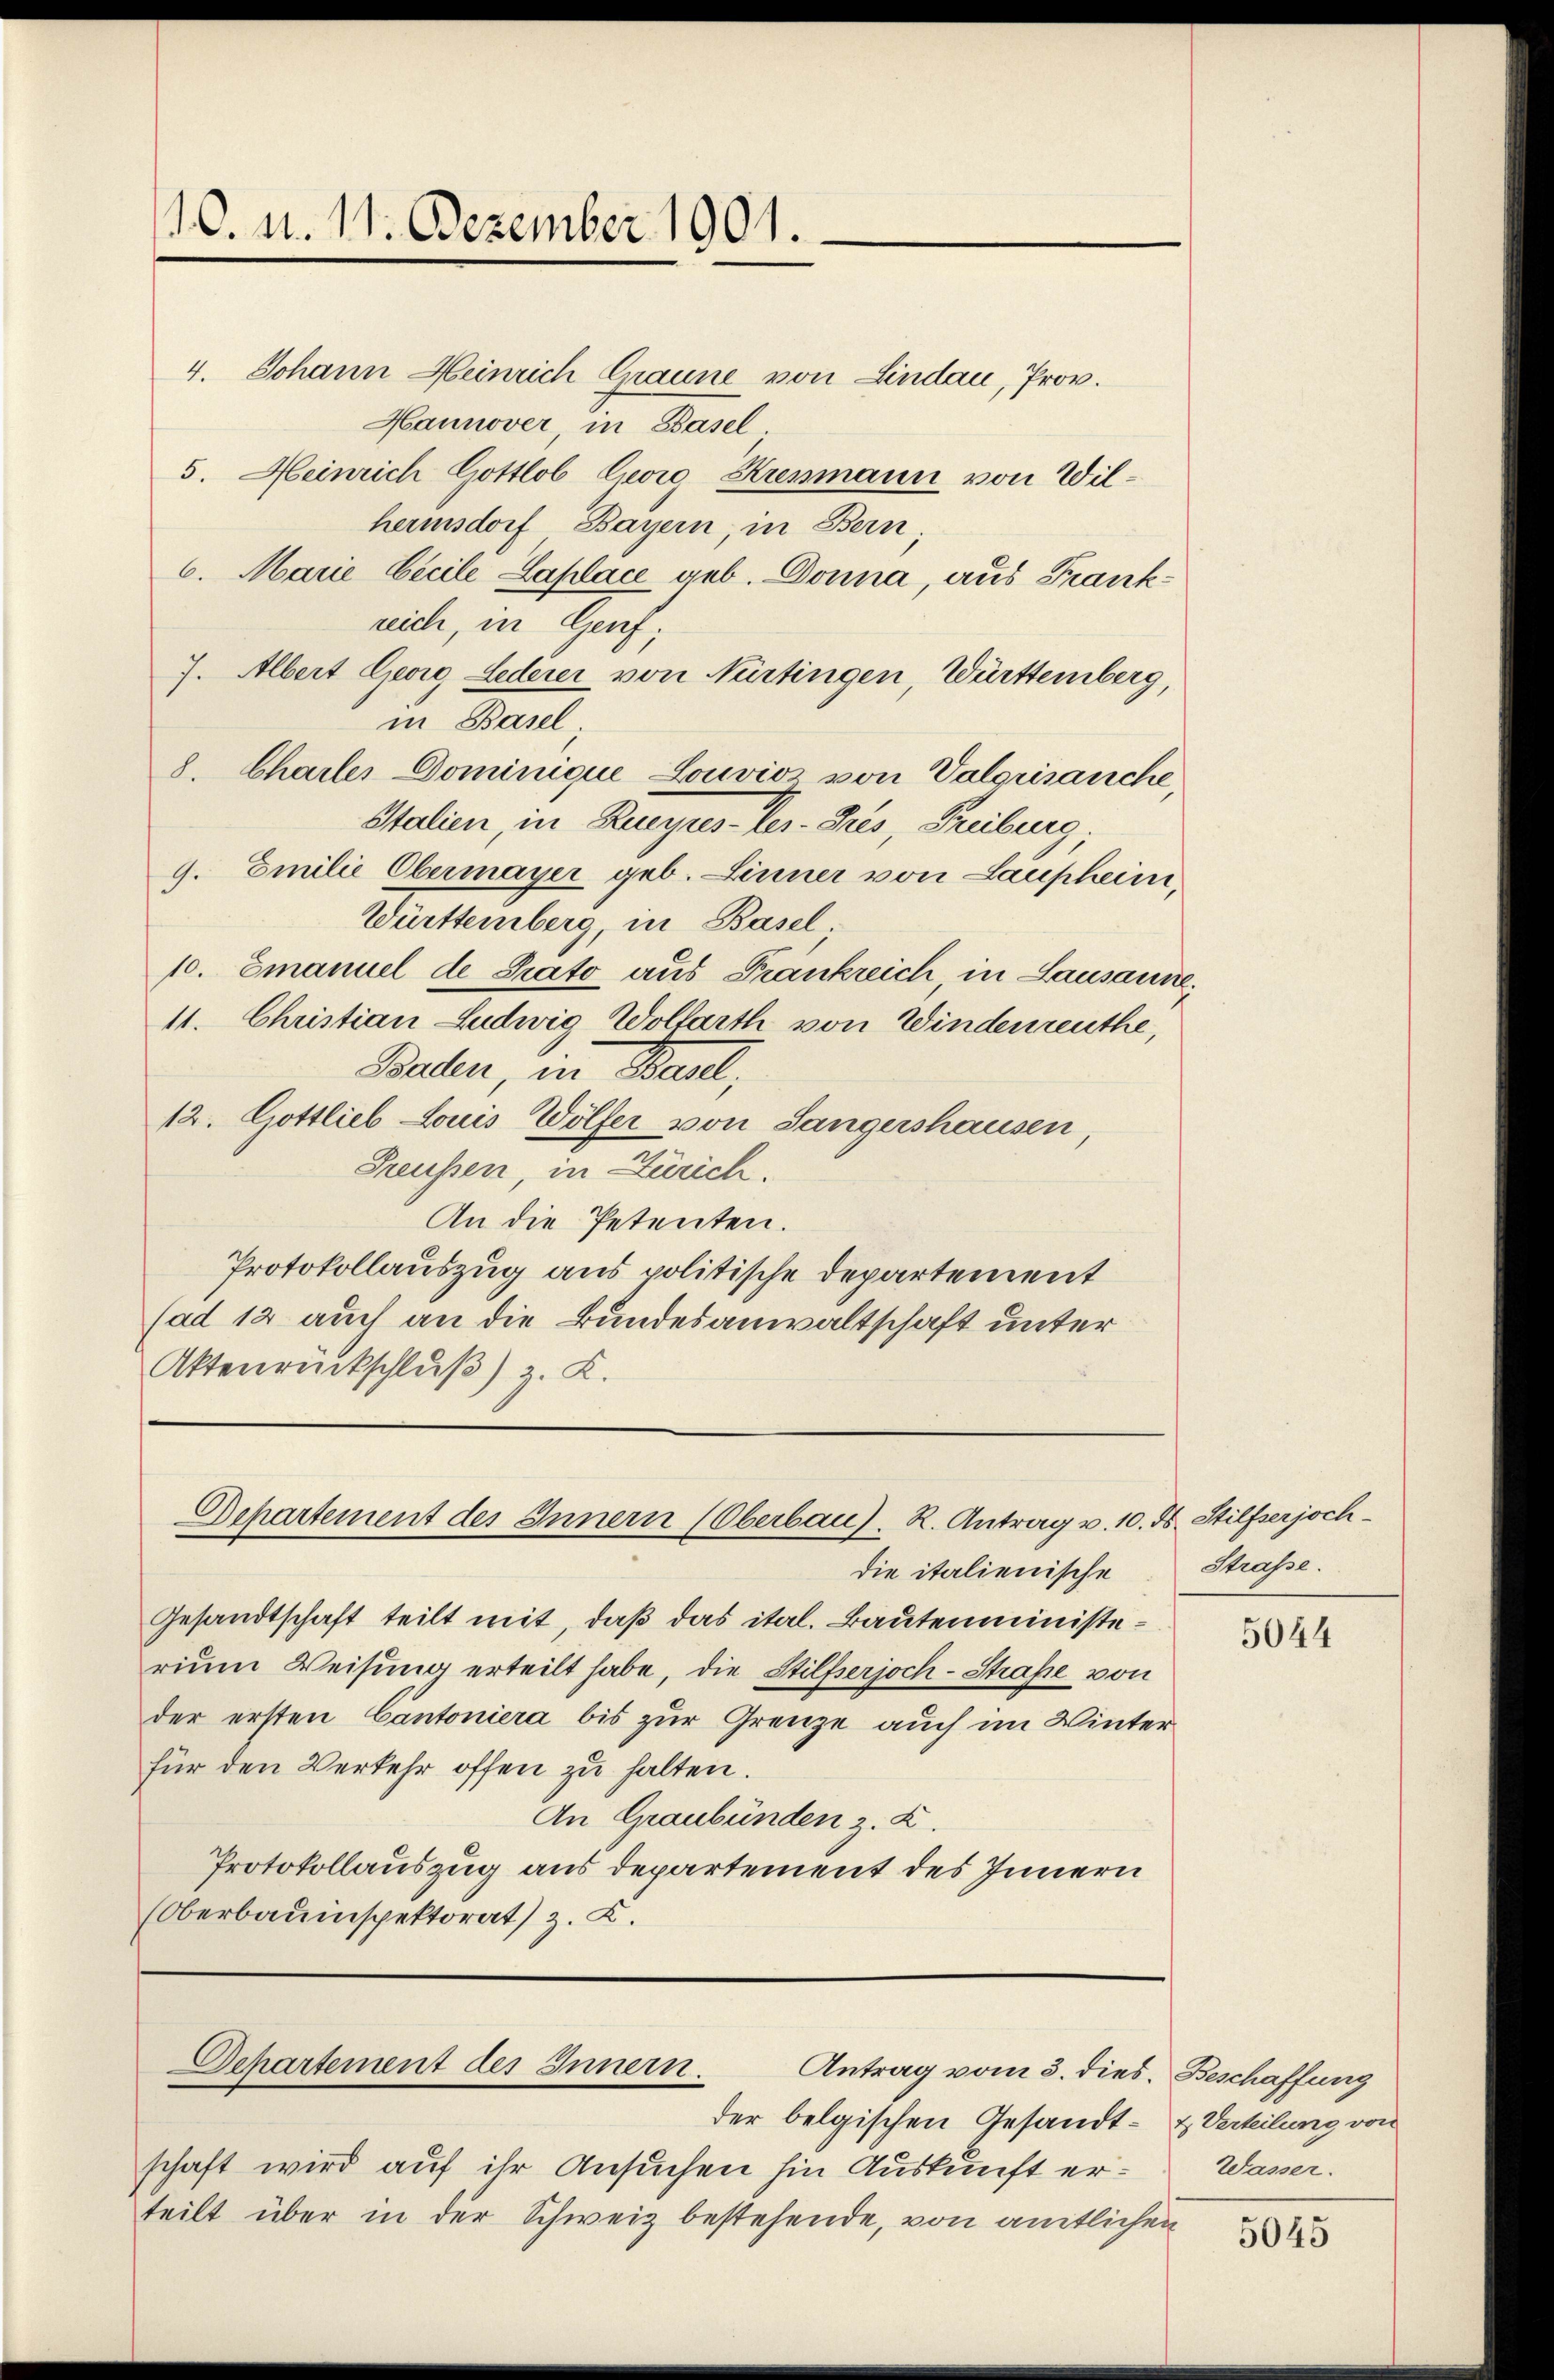
10. d. 11. Dezember 1901.

4. Johann Heinrich Graune von Lindau, Prov.
Hannover, in Basel.
5. Heinrich Gottlob Georg Kressmann von Wilhermsdorf Bayern in Bern
6. Marie Cicile Laplace geb. Donna, aus Frankreich, in Genf;
7. Albert Georg Lederer von Nürtingen, Württemberg,
in Basel
8. Charler Dominique Louvios von Valgrisauche,
Italien, in Kueyres Ver- Dries, Freibens
g. Emilie Obermayer geb. Linner von Laupheim,
Württemberg, in Basel.
10. Emanuel de Prato aus Frankreich, in Lausanne,
11. Christian Ludwig Wolfarth von Windernreuthe,
Baden, in Baul,
12. Gottlieb Louis Wölfer von Sängershausen
Preußen, in Zürich.
An die Petenten.
Protokollauszug aus politische Departement
(ad 12 auch an die Bundesanwaltschaft unter
Aktenrückschluß) z. K.

Departement des Innern (Oberbau). K. Antrag v. 10. ds. Stilfserjoch¬

die italienische
Gesandtschaft teilt mit, daß das ital. Bautenministerium Weisung erteilt habe, die Stilfserjoch-Straße von
der ersten Cantoniera bis zur Grenze auch im Winterfür den Verkehr offen zu halten.
An Graubünden z. Z.
Protokollauszug aus departement des Innern
(Oberbauinspektorat) z. K.

Departement des Innern.
Antrag vom 3. dies. Beschaffung

der belgischen Gesandt- & Verteilung von
schaft wird auf ihr Ansuchen hin Auskunft erteilt über in der Schweiz bestehende, von amtlichen

Straße.

5044

Wasser.

5045